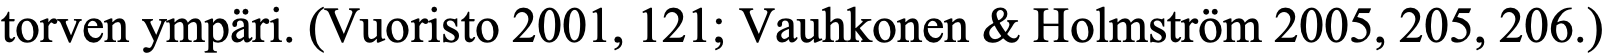
torven ympäri. (Vuoristo 2001, 121; Vauhkonen & Holmström 2005, 205, 206.)